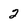
Character: 2